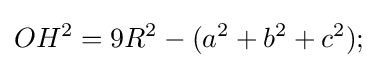
OH^{2}=9R^{2}-(a^{2}+b^{2}+c^{2});